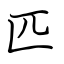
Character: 匹